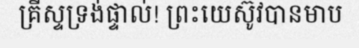
គ្រីស្ទទ្រង់ផ្ទាល់! ព្រះយេស៊ូវបានមាប